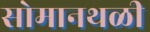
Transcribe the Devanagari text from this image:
सोमानथळी